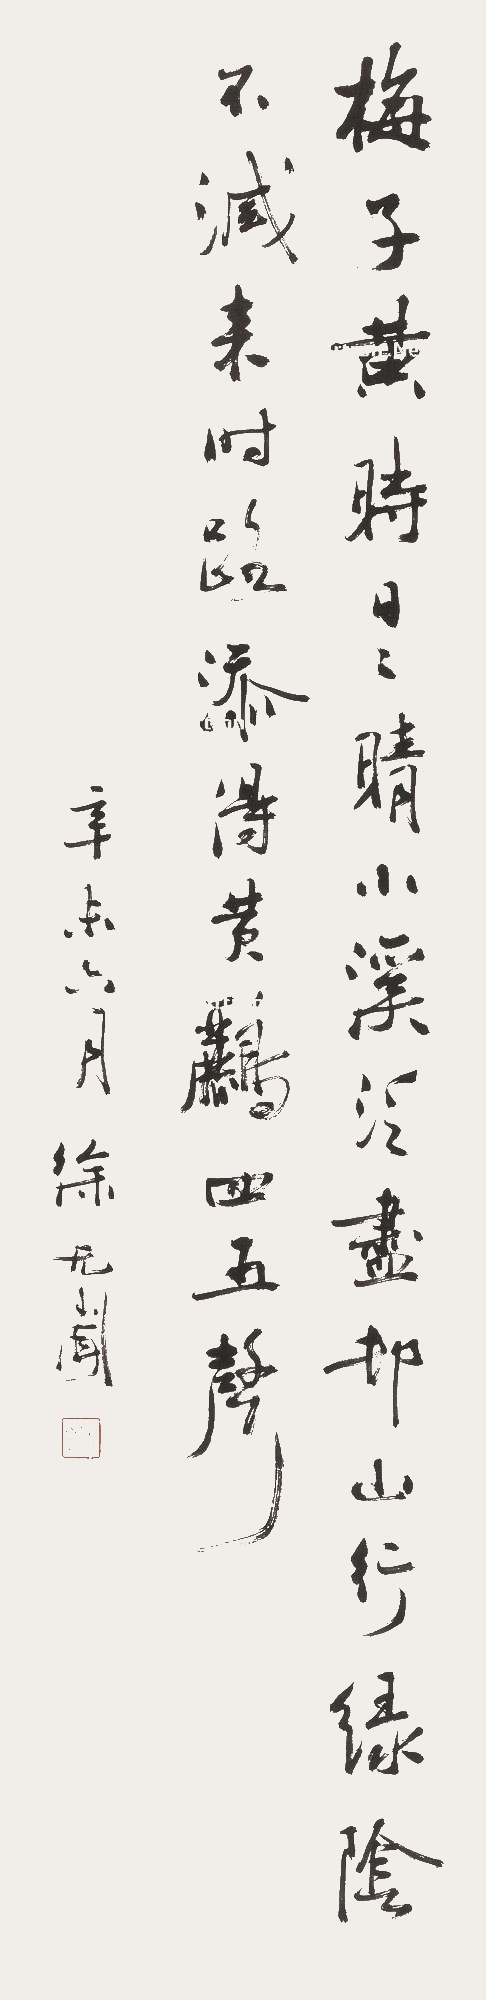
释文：梅子黄时日日晴，小溪泛尽却山行。绿阴不减来时路，添得黄鹂四五声。辛未六月，徐无闻。